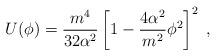
LaTeX: \begin{align*}U(\phi)=\frac{m^4}{32\alpha^2}\left[1-\frac{4\alpha^2}{m^2}\phi^2\right]^2\;,\end{align*}